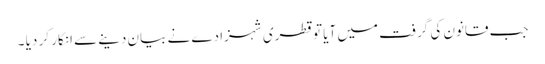
جب قانون کی گرفت میں آیا تو قطری شہزادے نے بیان دینے سے انکار کر دیا ۔